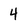
Character: 4